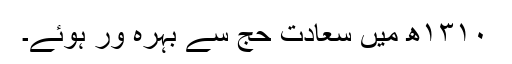
۱۳۱۰ھ میں سعادت حج سے بہرہ ور ہوئے۔